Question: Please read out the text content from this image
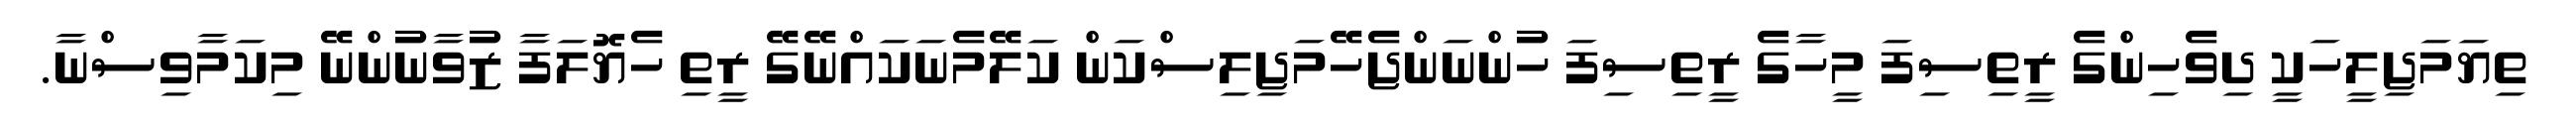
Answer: ތިޔަމަޖިލީހަކީ ދިވެހިންގެ ރީތިސިފަ މީހާގެ ރީތިސިފަ ހުންނަންޖެހޭމަޖިލިސްކަން ކަލޭމެނަކައްނޭގޭ ރީތި ހެޔޮލަފާ ޒުވާނުންނޭ މިކަމާވިސްނާ.